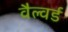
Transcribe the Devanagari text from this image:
वैल्वर्ड